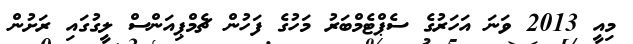
މިއީ 2013 ވަނަ އަހަރުގެ ސެޕްޓެމްބަރު މަހުގެ ފަހުން ޗެމްޕިއަންސް ލީގުގައި ރަށުން